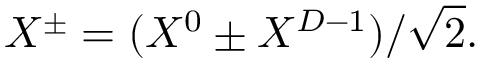
X ^ { \pm } = ( X ^ { 0 } \pm X ^ { D - 1 } ) / \sqrt { 2 } .